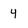
Character: 4